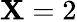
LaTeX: \mathbf{X}=2